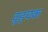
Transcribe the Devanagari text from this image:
वुड्चक